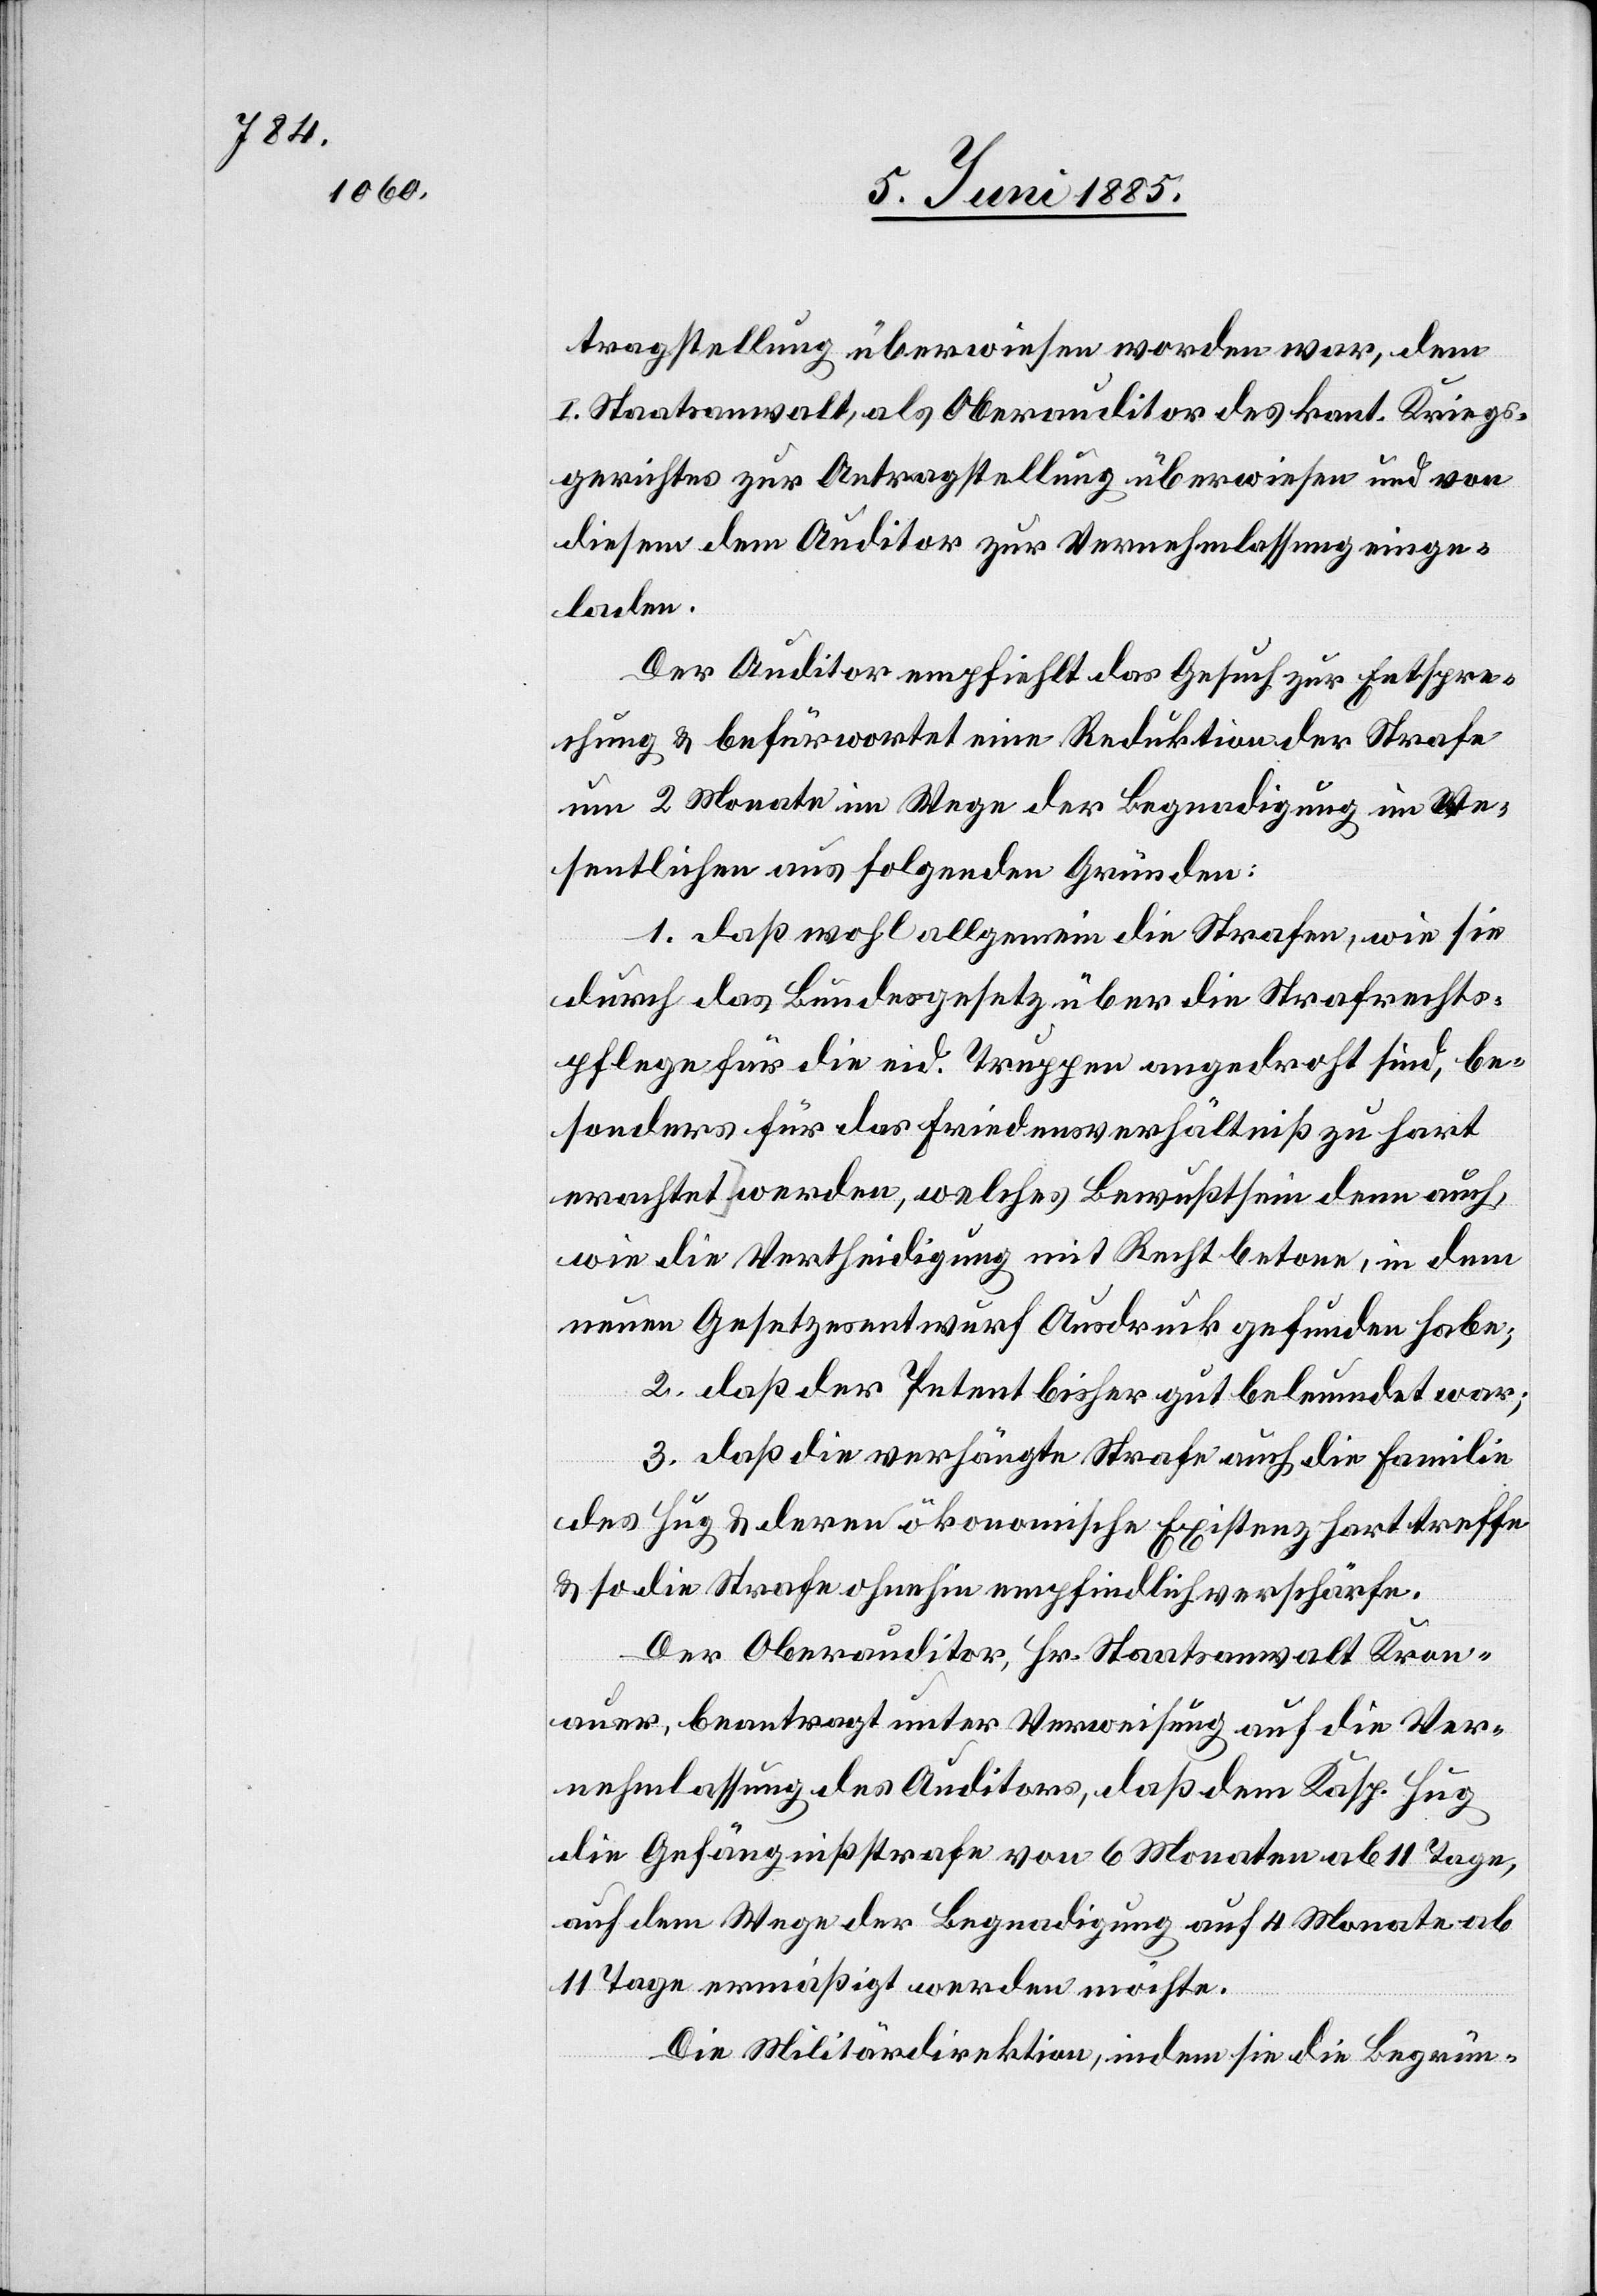
tragstellung überwiesen worden war, dem
I. Staatsanwalt, als Oberauditor des kant. Kriegs¬
gerichtes zur Antragstellung überwiesen und von
diesem dem Auditor zur Vernehmlassung einge¬
laden.
Der Auditor empfiehlt das Gesuch zur Entspre¬
chung & befürwortet eine Reduktion der Strafe
um 2 Monate im Wege der Begnadigung im We¬
sentlichen aus folgenden Gründen:
1. daß wohl allgemein die Strafen, wie sie
durch das Bundesgesetz über die Strafrechts¬
pflege für die eid. Truppen angedroht sind, be¬
sonders für das Friedensverhältniß zu hart
erachtet werden, welches Bewußtsein denn auch,
wie die Vertheidigung mit Recht betone, in dem
neuen Gesetzesentwurf Ausdruck gefunden habe;
2. daß der Petent bisher gut beleumdet war;
3. daß die verhängte Strafe auch die Familie
des Hug & deren ökonomische Existenz hart treffe
& so die Strafe ohnehin empfindlich verschärfe.
Der Oberauditor, Hr. Staatsanwalt Kron¬
auer, beantragt unter Verweisung auf die Ver¬
nehmlassung des Auditors, daß dem Kasp. Hug
die Gefängnißstrafe von 6 Monaten ab 11 Tage,
auf dem Wege der Begnadigung auf 4 Monate ab
11 Tage ermäßigt werden möchte.
Die Militärdirektion, indem sie die Begrün-